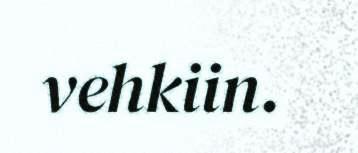
vehkiin.